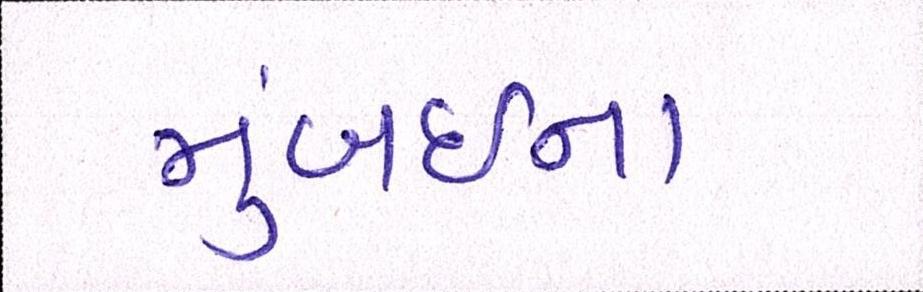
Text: મુંબઇના